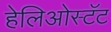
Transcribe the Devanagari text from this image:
हेलिओस्टॅट